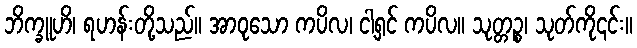
ဘိက္ခူဟိ၊ ရဟန်းတို့သည်။ အာဝုသော ကပိလ၊ ငါ့ရှင် ကပိလ။ သုတ္တဉ္စ၊ သုတ်ကို၎င်း။